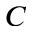
C